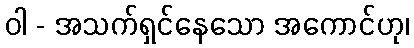
ဝါ - အသက်ရှင်နေသော အကောင်ဟု၊